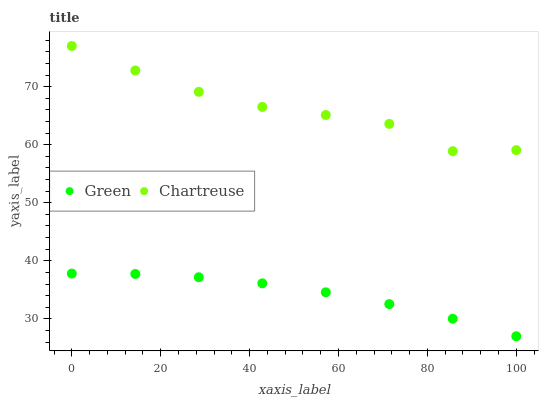
| xaxis_label | Green | Chartreuse |
 | --- | --- | --- |
 | 0 | 37.8 | 77 |
 | 14.3 | 37.7 | 72.8 |
 | 28.6 | 37.2 | 69.1 |
 | 42.9 | 36.1 | 66.5 |
 | 57.1 | 34.6 | 65.1 |
 | 71.4 | 32.5 | 63.6 |
 | 85.7 | 30 | 58.9 |
 | 100 | 27 | 59.1 |